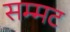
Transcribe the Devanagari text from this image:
सम्मट